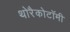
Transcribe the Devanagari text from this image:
थोरैकोटॉमी